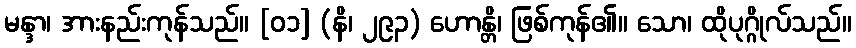
မန္ဒာ၊ အားနည်းကုန်သည်။ [၀၁] (နိ၊ ၂၉၃) ဟောန္တိ၊ ဖြစ်ကုန်၏။ သော၊ ထိုပုဂ္ဂိုလ်သည်။